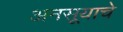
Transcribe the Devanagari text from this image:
अनसूयाचे